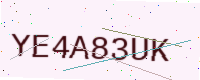
Text: YE4A83UK